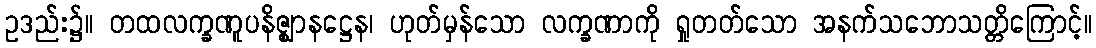
ဥဒည်း၌။ တထလက္ခဏူပနိဇ္ဈာနဋ္ဌေန၊ ဟုတ်မှန်သော လက္ခဏာကို ရှုတတ်သော အနက်သဘောသတ္တိကြောင့်။